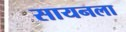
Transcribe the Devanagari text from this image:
सायनला